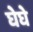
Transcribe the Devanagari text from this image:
घेघे